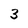
Character: 3